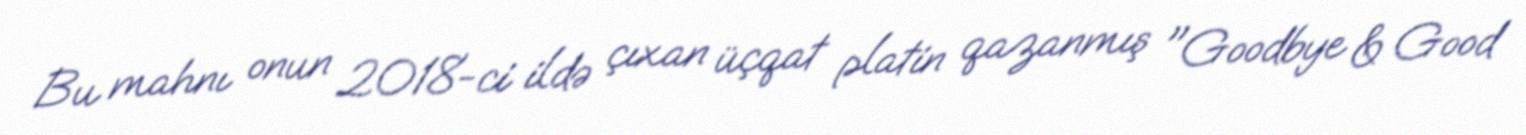
Bu mahnı onun 2018-ci ildə çıxan üçqat platin qazanmış "Goodbye & Good